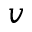
v